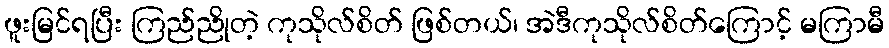
ဖူးမြင်ရပြီး ကြည်ညိုတဲ့ ကုသိုလ်စိတ် ဖြစ်တယ်၊ အဲဒီကုသိုလ်စိတ်ကြောင့် မကြာမီ